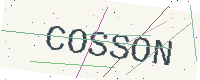
Text: COSSON